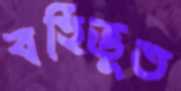
বর্হিভূত